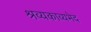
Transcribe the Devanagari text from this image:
श्रव्यकाव्यभेद